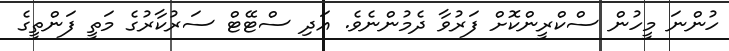
ހުންނަ މީހުން ސްކްރީންކޮށް ފަރުވާ ދެމުންނެވެ. އަދި ސްޓޭޓް ސަރުކާރުގެ މަތީ ފަންތީގެ